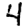
Digit: 4